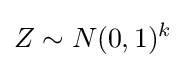
Z\sim N(0,1)^{k}